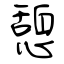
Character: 憩